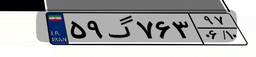
۶۷گ۴۴۱۵۷